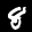
Label: 8